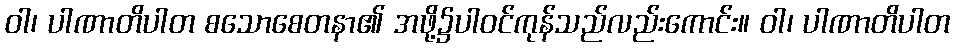
ဝါ၊ ပါဏာတိပါတ စသောစေတနာ၏ အဖို့၌ပါဝင်ကုန်သည်လည်းကောင်း။ ဝါ၊ ပါဏာတိပါတ